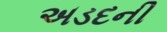
અડદની